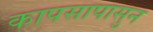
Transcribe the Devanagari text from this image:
कापसापासुन